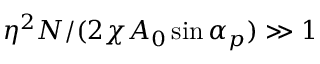
\eta ^ { 2 } N / ( 2 \chi A _ { 0 } \sin { \alpha _ { p } } ) \gg 1